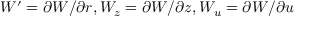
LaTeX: W ^ { \prime } = \partial W / \partial r , W _ { z } = \partial W / \partial z , W _ { u } = \partial W / \partial u